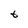
Character: t